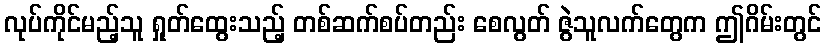
လုပ်ကိုင်မည့်သူ ရှုတ်ထွေးသည့် တစ်ဆက်စပ်တည်း စေလွတ် ဇွဲသူလက်တွေက ဤဂိမ်းတွင်